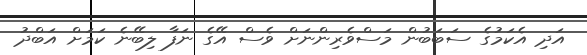
އަދި އެކަމުގެ ސަބަބުން މަސްވެރިންނަށް ވެސް އޭގެ ނަފާ ލިބޭނެ ކަމަށް އަބްދު